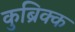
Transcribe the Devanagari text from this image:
कुब्रिक्क